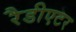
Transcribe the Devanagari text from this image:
रैडीएटर